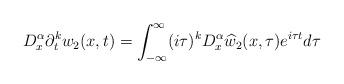
LaTeX: \begin{align*}D^\alpha_x \partial_t^kw_2(x,t)=\int_{-\infty}^\infty (i\tau)^kD_x^\alpha \widehat{w}_2(x,\tau)e^{i\tau t}d\tau\end{align*}